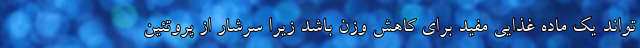
تواند یک ماده غذایی مفید برای کاهش وزن باشد زیرا سرشار از پروتئین